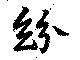
紛